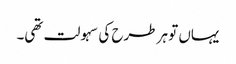
یہاں تو ہر طرح کی سہولت تھی۔